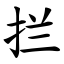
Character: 拦